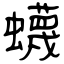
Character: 蠛